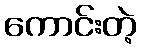
ကောင်းတဲ့